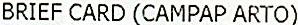
BRIEF CARD (CAMPAP ARTO)